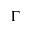
\Gamma